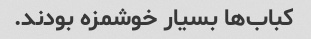
کباب‌ها بسیار خوشمزه بودند.